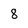
Character: 8